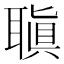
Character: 𦗀